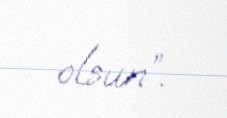
olsun”.